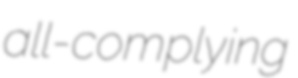
all-complying